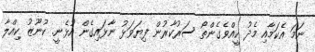
ނަމަ އެކަމާއި މެދު ކީއްވެގެންތޯ ސަރުކާރުން ފިޔަވަޅު ނާޅައިގެން އުޅެނީ. ކުނޫޒު ކިއްލާ